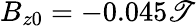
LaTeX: B_{z0}=-0.045\mathscr{T}